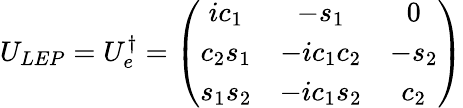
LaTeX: U_{LEP}=U_{e}^{\dagger}=\left(\begin{array}{ccc}{{ic_{1}}}&{{-s_{1}}}&{{0}}\\ {{c_{2}s_{1}}}&{{-ic_{1}c_{2}}}&{{-s_{2}}}\\ {{s_{1}s_{2}}}&{{-ic_{1}s_{2}}}&{{c_{2}}}\end{array}\right)